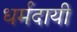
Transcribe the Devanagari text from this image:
धर्मदायी